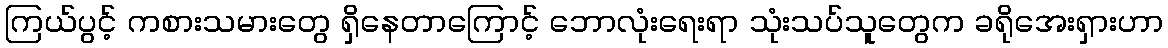
ကြယ်ပွင့် ကစားသမားတွေ ရှိနေတာကြောင့် ဘောလုံးရေးရာ သုံးသပ်သူတွေက ခရိုအေးရှားဟာ